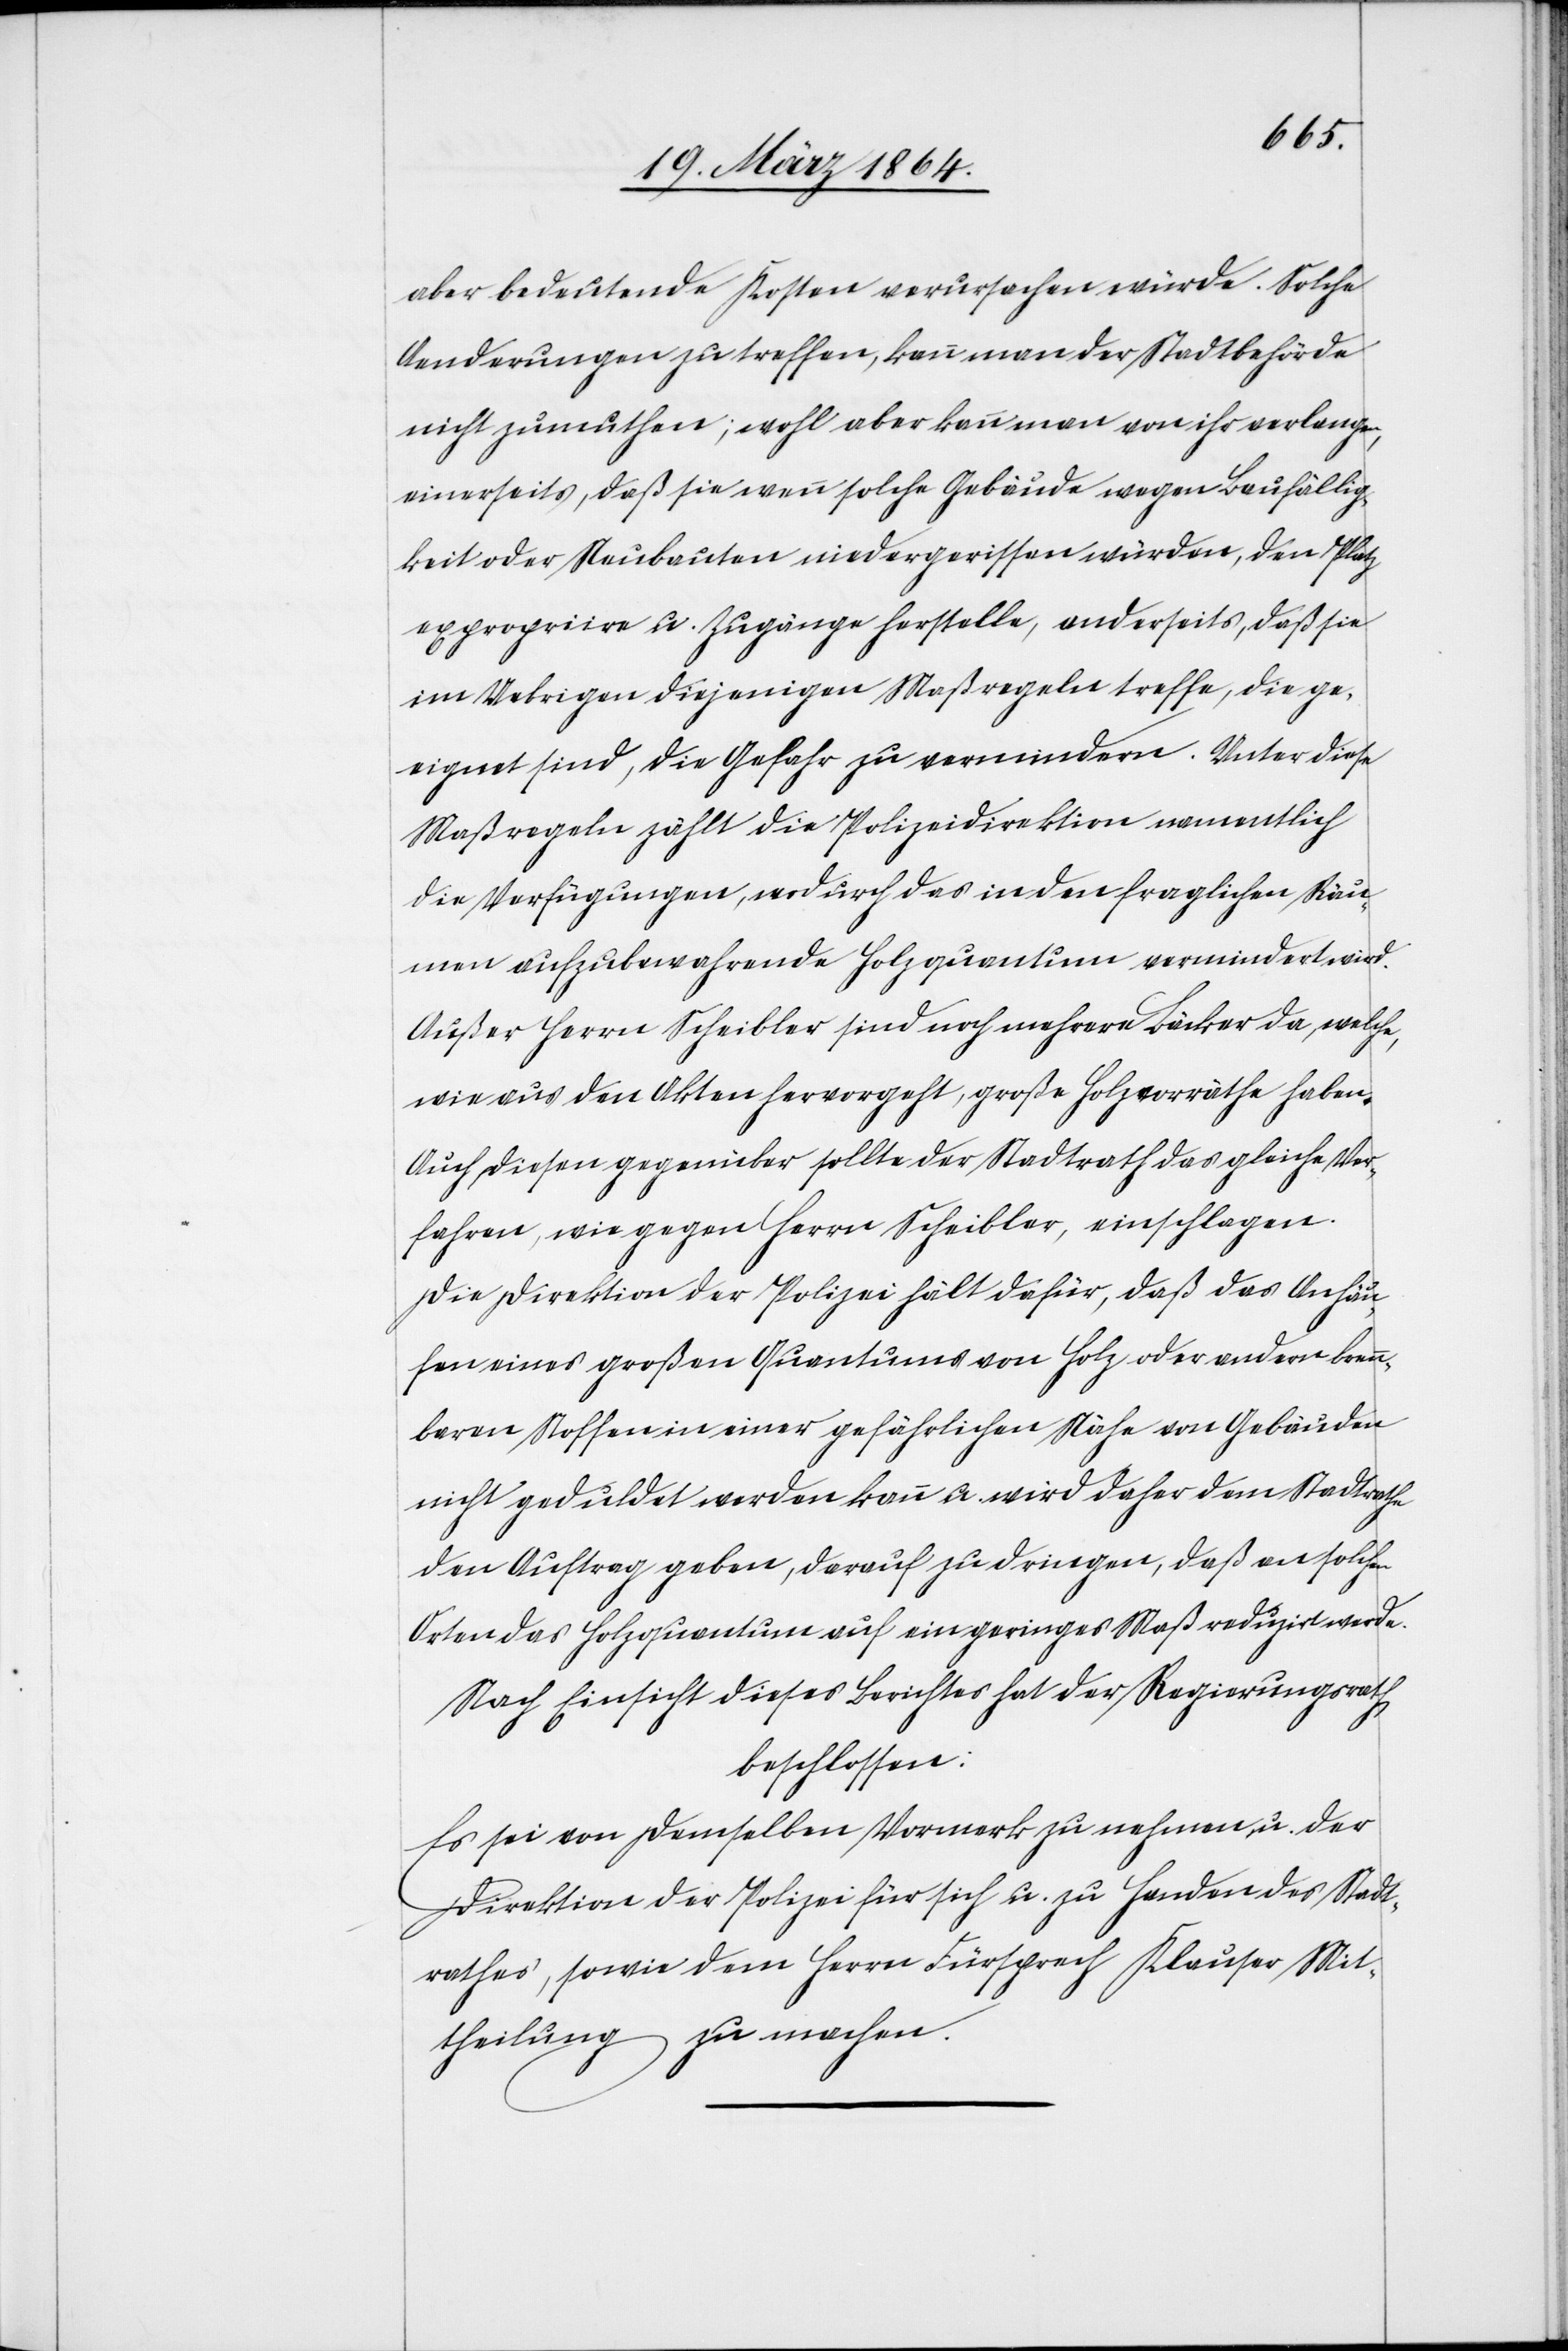
aber bedeutende Kosten verursachen würde. Solche
Aenderungen zu treffen, kann man der Stadtbehörde
nicht zumuthen; wohl aber kann man von ihr verlangen,
einerseits, daß sie wenn solche Gebäude wegen Baufällig¬
keit oder Neubauten niedergerissen würden, den Platz
expropriire u. Zugänge herstelle, anderseits, daß sie
im Uebrigen diejenigen Maßregeln treffe, die ge¬
eignet sind, die Gefahr zu vermindern. Unter diese
Maßregeln zählt die Polizeidirektion namentlich
die Verfügungen, wodurch das in den fraglichen Räu¬
men aufzubewahrende Holzquantum vermindert wird.
Außer Herrn Scheibler sind noch mehrere Bäcker da, welche,
wie aus den Akten hervorgeht, große Holzvorräthe haben.
Auch diesen gegenüber sollte der Stadtrath das gleiche Ver¬
fahren, wie gegen Herrn Scheibler, einschlagen.
Die Direktion der Polizei hält dafür, daß das Anhäu¬
fen eines großen Quantums von Holz oder andern brenn¬
baren Stoffen in einer gefährlichen Nähe von Gebäuden
nicht geduldet werden kann u. wird daher dem Stadtrathe
den Auftrag geben, darauf zu dringen, daß an solchen
Orten das Holzquantum auf ein geringes Maß reduzirt werde.
Nach Einsicht dieses Berichtes hat der Regierungsrath
beschlossen:
Es sei von demselben Vormerk zu nehmen u. der
Direktion der Polizei für sich u. zu Handen des Stadt¬
rathes, sowie dem Herrn Fürsprech Klauser Mit¬
theilung zu machen.